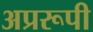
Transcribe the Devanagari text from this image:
अप्ररूपी